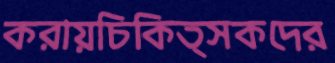
করায়চিকিত্সকদের